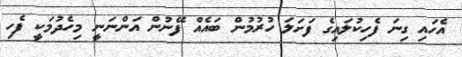
އެހައި ގިނަ ފެހިކުލައިގެ ފަށަލަ ހުރުމުން ބައެއް ފޭނުން އަންނަނީ މިހެދުމަކީ ފެހި